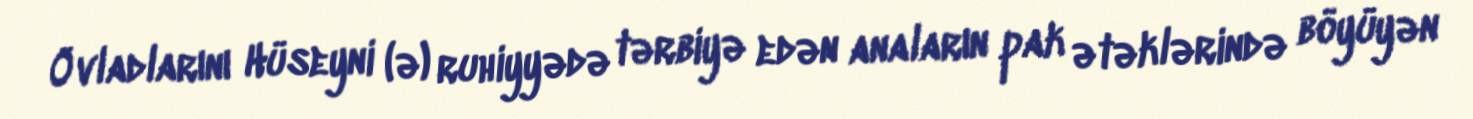
Övladlarını Hüseyni (ə) ruhiyyədə tərbiyə edən anaların pak ətəklərində böyüyən